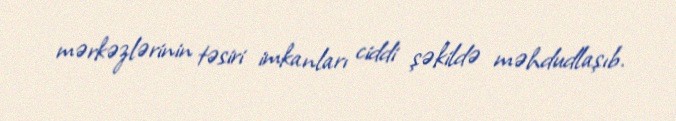
mərkəzlərinin təsiri imkanları ciddi şəkildə məhdudlaşıb.